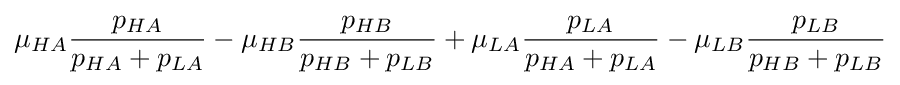
\mu _{HA}{\frac {p_{HA}}{p_{HA}+p_{LA}}}-\mu _{HB}{\frac {p_{HB}}{p_{HB}+p_{LB}}}+\mu _{LA}{\frac {p_{LA}}{p_{HA}+p_{LA}}}-\mu _{LB}{\frac {p_{LB}}{p_{HB}+p_{LB}}}